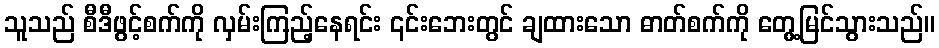
သူသည် စီဒီဖွင့်စက်ကို လှမ်းကြည့်နေရင်း ၎င်းဘေးတွင် ချထားသော ဓာတ်စက်ကို တွေ့မြင်သွားသည်။